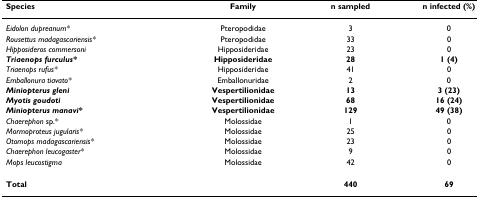
<table><thead><tr><td><b>Species</b></td><td><b>Family</b></td><td><b>n sampled</b></td><td><b>n infected (%)</b></td></tr></thead><tbody><tr><td><i>Eidolon dupreanum*</i></td><td>Pteropodidae</td><td>3</td><td>0</td></tr><tr><td><i>Rousettus madagascariensis*</i></td><td>Pteropodidae</td><td>33</td><td>0</td></tr><tr><td><i>Hipposideros commersoni</i></td><td>Hipposideridae</td><td>23</td><td>0</td></tr><tr><td><b><i>Triaenops furculus*</i></b></td><td><b>Hipposideridae</b></td><td><b>28</b></td><td><b>1 (4)</b></td></tr><tr><td><i>Triaenops rufus*</i></td><td>Hipposideridae</td><td>41</td><td>0</td></tr><tr><td><i>Emballonura tiavato*</i></td><td>Emballonuridae</td><td>2</td><td>0</td></tr><tr><td><b><i>Miniopterus gleni</i></b></td><td><b>Vespertilionidae</b></td><td><b>13</b></td><td><b>3 (23)</b></td></tr><tr><td><b><i>Myotis goudoti</i></b></td><td><b>Vespertilionidae</b></td><td><b>68</b></td><td><b>16 (24)</b></td></tr><tr><td><b><i>Miniopterus manavi*</i></b></td><td><b>Vespertilionidae</b></td><td><b>129</b></td><td><b>49 (38)</b></td></tr><tr><td><i>Chaerephon </i>sp.*</td><td>Molossidae</td><td>1</td><td>0</td></tr><tr><td><i>Mormoproteus jugularis*</i></td><td>Molossidae</td><td>25</td><td>0</td></tr><tr><td><i>Otomops madagascariensis*</i></td><td>Molossidae</td><td>23</td><td>0</td></tr><tr><td><i>Chaerephon leucogaster*</i></td><td>Molossidae</td><td>9</td><td>0</td></tr><tr><td><i>Mops leucostigma</i></td><td>Molossidae</td><td>42</td><td>0</td></tr><tr><td colspan="2"><b>Total</b></td><td><b>440</b></td><td><b>69</b></td></tr></tbody></table>